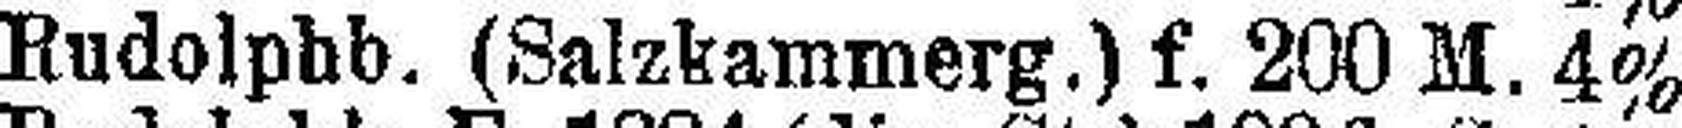
Rudolphb. (Salzkammerg.) f. 200 M. 4%